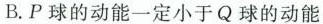
B.P球的动能一定小于Q球的动能